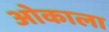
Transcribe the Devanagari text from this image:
ओकाला